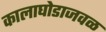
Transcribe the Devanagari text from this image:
कालाघोडाजवळ